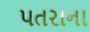
પતરાના